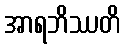
အာရဘိဿတိ